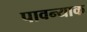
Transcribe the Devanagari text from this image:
पावन्याक